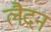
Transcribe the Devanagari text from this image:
लैदन